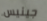
جينيس